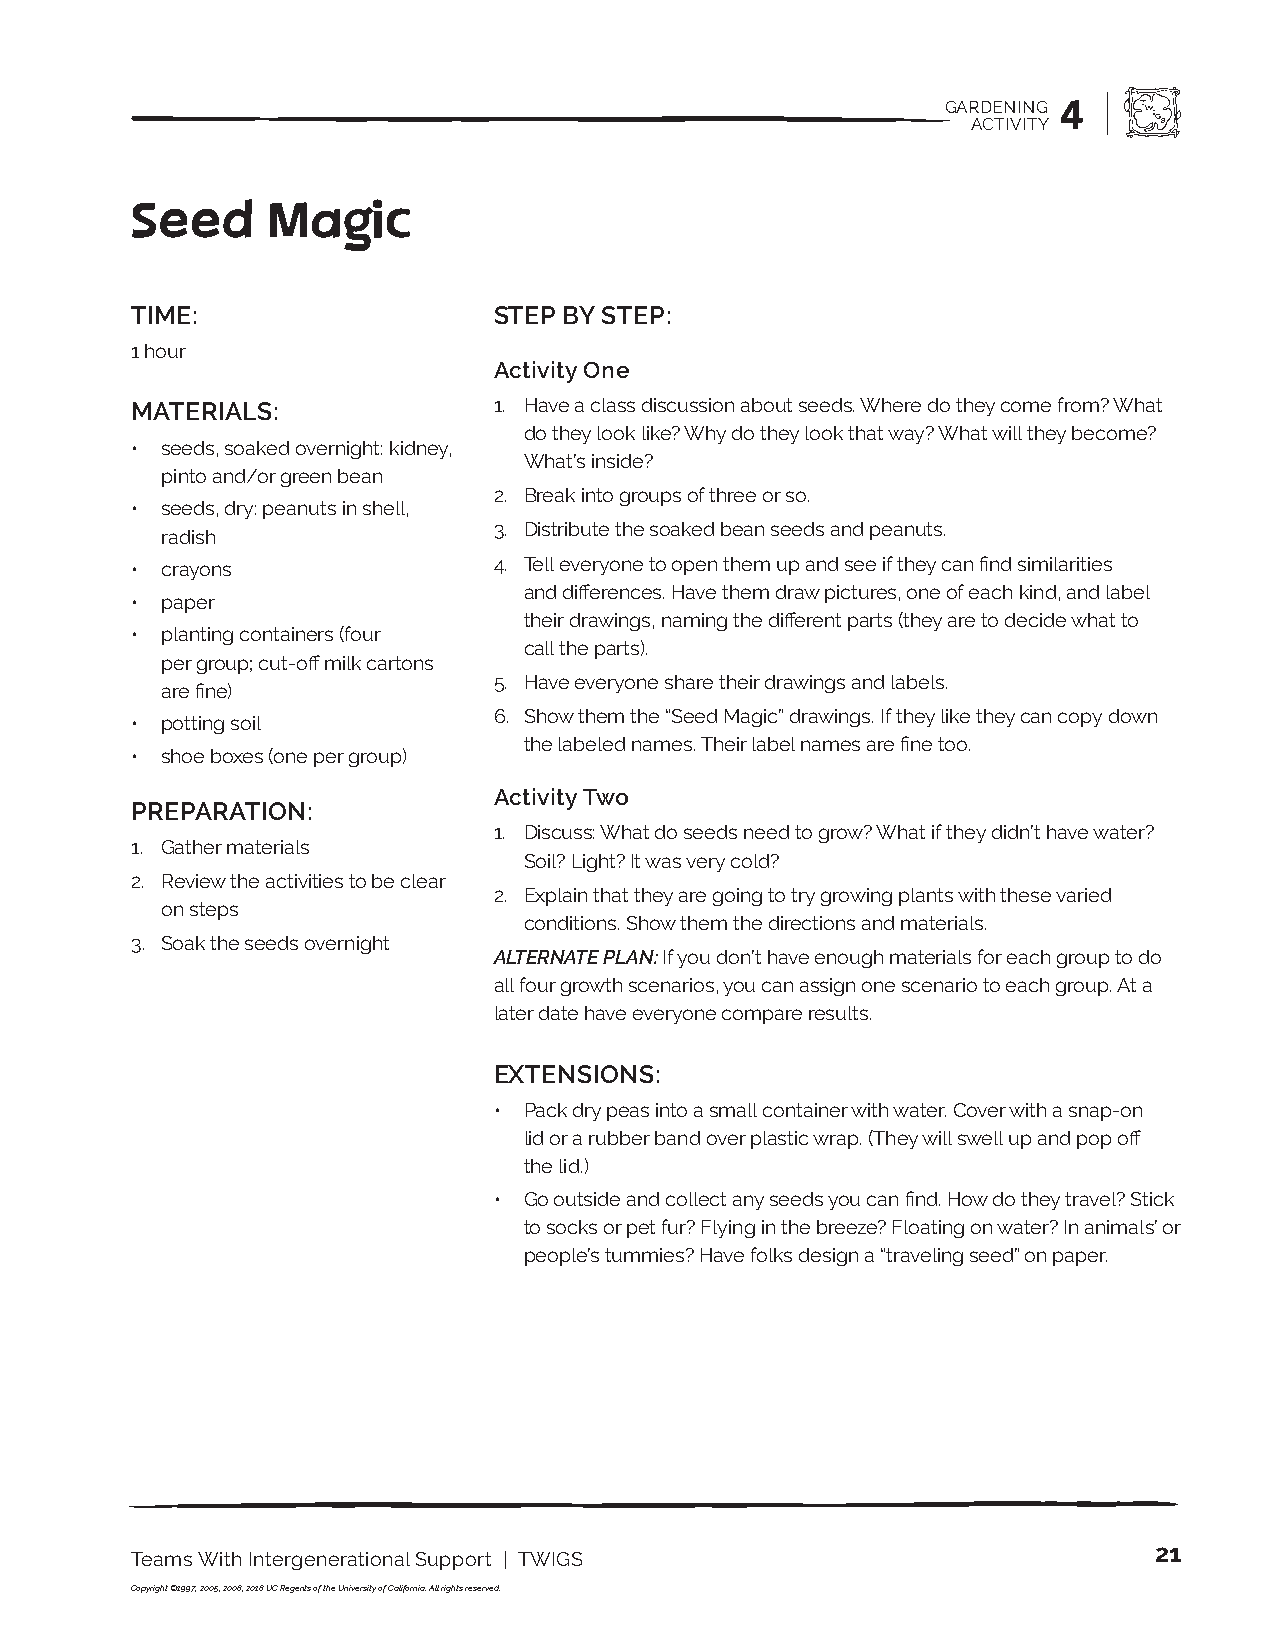
GARDENING 4
 ACTIVITY
 Seed     Magic
 TIME:                   STEP BY STEP:
 1 hour
 Activity One
 MATERIALS:              1. Have a class discussion about seeds. Where do they come from? What
 do they look like? Why do they look that way? What will they become?
 • seeds, soaked overnight: kidney,
 What’s inside?
 pinto and/or green bean
 2. Break into groups of three or so.
 • seeds, dry: peanuts in shell,
 3. Distribute the soaked bean seeds and peanuts.
 radish
 • crayons               4. Tell everyone to open them up and see if they can find similarities
 and differences. Have them draw pictures, one of each kind, and label
 • paper
 their drawings, naming the different parts (they are to decide what to
 • planting containers (four
 call the parts).
 per group; cut-off milk cartons
 5. Have everyone share their drawings and labels.
 are fine)
 6. Show them the “Seed Magic” drawings. If they like they can copy down
 • potting soil
 the labeled names. Their label names are fine too.
 • shoe boxes (one per group)
 Activity Two
 PREPARATION:
 1. Discuss: What do seeds need to grow? What if they didn’t have water?
 1. Gather materials
 Soil? Light? It was very cold?
 2. Review the activities to be clear
 2. Explain that they are going to try growing plants with these varied
 on steps
 conditions. Show them the directions and materials.
 3. Soak the seeds overnight
 ALTERNATE PLAN: If you don’t have enough materials for each group to do
 all four growth scenarios, you can assign one scenario to each group. At a
 later date have everyone compare results.
 EXTENSIONS:
 • Pack dry peas into a small container with water. Cover with a snap-on
 lid or a rubber band over plastic wrap. (They will swell up and pop off
 the lid.)
 • Go outside and collect any seeds you can find. How do they travel? Stick
 to socks or pet fur? Flying in the breeze? Floating on water? In animals’ or
 people’s tummies? Have folks design a “traveling seed” on paper.
 21
 Teams With Intergenerational Support | TWIGS
 Copyright ©1997, 2005, 2008, 2018 UC Regents of the University of California. All rights reserved.